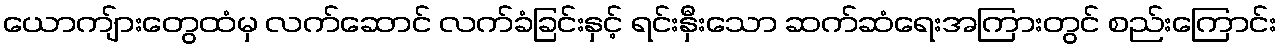
ယောကျ်ားတွေထံမှ လက်ဆောင် လက်ခံခြင်းနှင့် ရင်းနှီးသော ဆက်ဆံရေးအကြားတွင် စည်းကြောင်း